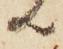
共